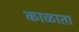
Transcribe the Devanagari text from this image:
काळाता